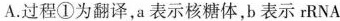
A.过程①为翻译，a表示核糖体，b表示rRNA